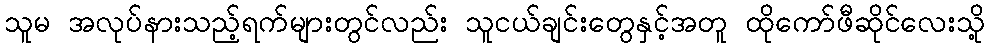
သူမ အလုပ်နားသည့်ရက်များတွင်လည်း သူငယ်ချင်းတွေနှင့်အတူ ထိုကော်ဖီဆိုင်လေးသို့